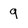
Character: 9